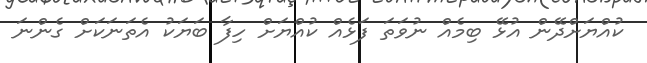
ކުއްޔަށްދޭން އުޅޭ ބިމެއް ނުވަތަ ފަޅެއް ކުއްޔަށް ހިފާ ބަޔަކު އެތަނަކަށް ގެންނަ